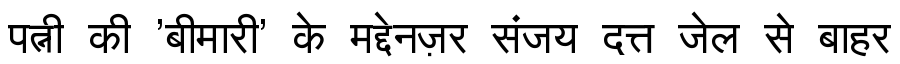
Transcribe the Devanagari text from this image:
पत्नी की 'बीमारी' के मद्देनज़र संजय दत्त जेल से बाहर